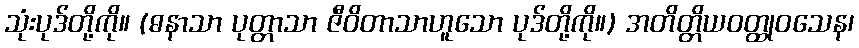
သုံးပုဒ်တို့ကို။ (ဓနာသာ ပုတ္တာသာ ဇီဝိတာသာဟူသော ပုဒ်တို့ကို။) အတိတ္တိယဝတ္ထုဝသေန၊